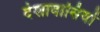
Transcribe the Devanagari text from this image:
देशावासियों